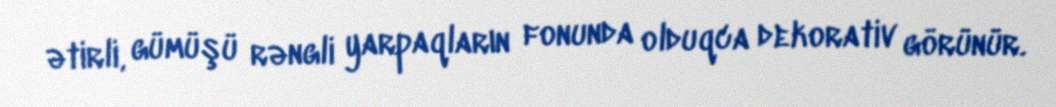
ətirli, gümüşü rəngli yarpaqların fonunda olduqca dekorativ görünür.